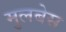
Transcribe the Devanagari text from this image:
मुलबेस